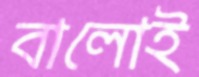
বালোই